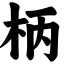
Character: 柄